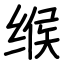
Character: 缑